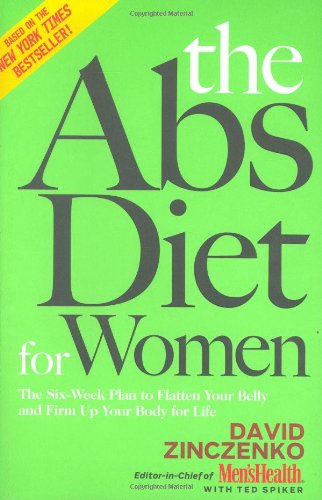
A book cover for The Abs Diet for Women: The Six-Week Plan to Flatten Your Belly and Firm Up Your Body for Life; David Zinczenko; Health, Fitness & Dieting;